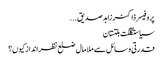
پروفیسر ڈاکٹر زاہدصدیق ...
سیاستگلگت بلتستان
قدرتی وسائل سے ملامال ضلع نظر انداز کیوں؟